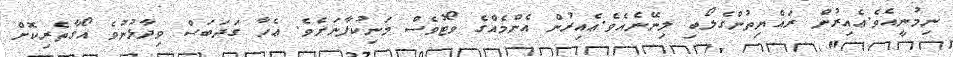
ނިމުނީއެވެ.ޢެއިރުން ރައްޔިތުންގެލޯބި ލިނޭނެއެވެ.ޢެއިރުން އެންމެއްގެ ވޯޓުވެސް މަނިކުފާނަށެވެ. ޢެހާ ގަދަބަސް ވިދާޅުނުވެ އޯގާތެރިކޮށް